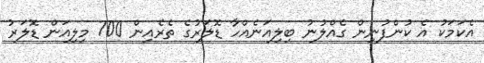
އެކަމަކު އެ ކުންފުނިން ގެއްލުނު ބިލިއަނެއްހާ ޑޮލަރުގެ ތެރެއިން 700 މިލިއަން ޑޮލަރު